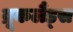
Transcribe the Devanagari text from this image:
ब्रूकलैंड्स